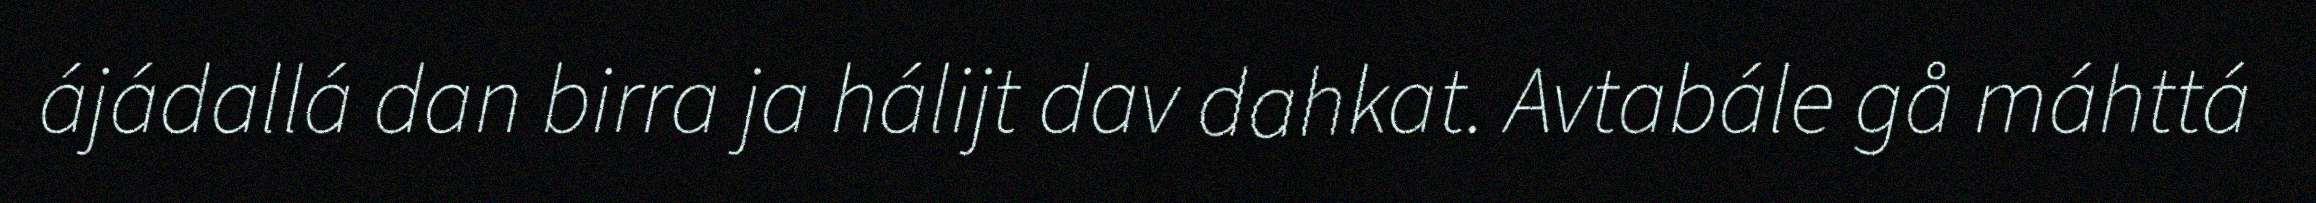
ájádallá dan birra ja hálijt dav dahkat. Avtabále gå máhttá